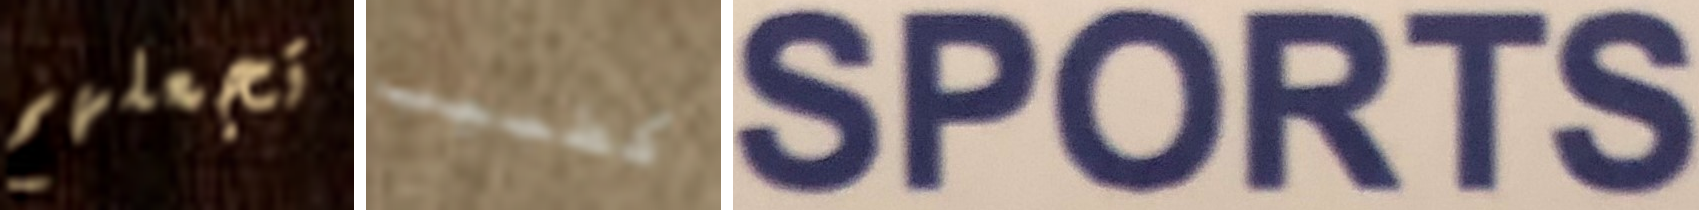
تجعلهم كطبيب SPORTS